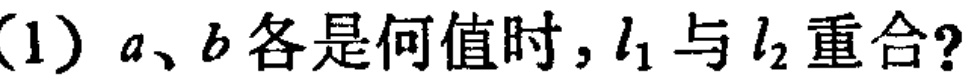
(1) \(a、b\)各是何值时，\(l_{1}\)与\(l_{2}\)重合？